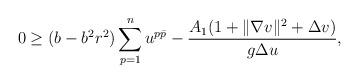
LaTeX: \begin{align*}0\geq (b-b^2r^2 ) \sum_{p=1}^n u^{p\bar p} -\frac{A_1 (1 + \Vert \nabla v\Vert^2 + \Delta v)}{g \Delta u},\end{align*}